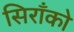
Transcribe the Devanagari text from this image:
सिराँको